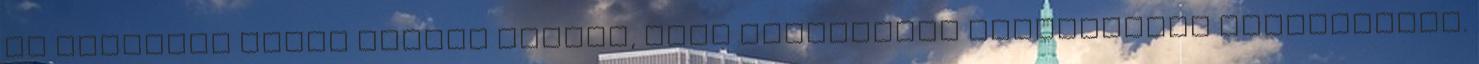
Az ingatlan előző tulaja biztos, hogy mindenféle vegyszerrel permetezett.